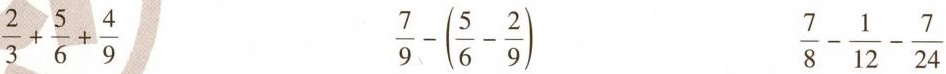
$$\frac { 2 } { 3 } + \frac { 5 } { 6 } + \frac { 4 } { 9 }$$ $$\frac { 7 } { 9 } - ( \frac { 5 } { 6 } - \frac { 2 } { 9 } )$$ $$\frac { 7 } { 8 } - \frac { 1 } { 1 2 } - \frac { 7 } { 2 4 }$$